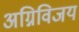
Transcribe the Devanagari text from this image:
अग्निविजय